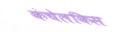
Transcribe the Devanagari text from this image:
कंचेलकिस